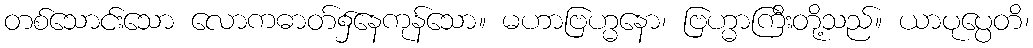
တစ်သောင်းသော လောကဓာတ်၌နေကုန်သော။ မဟာဗြဟ္မနော၊ ဗြဟ္မာကြီးတို့သည်။ ယာပုပ္ပေတိ၊